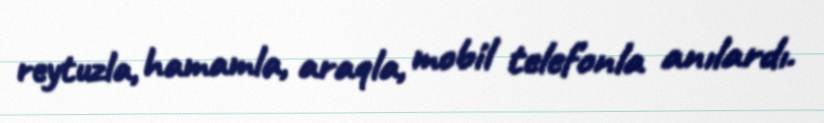
reytuzla, hamamla, araqla, mobil telefonla anılardı.